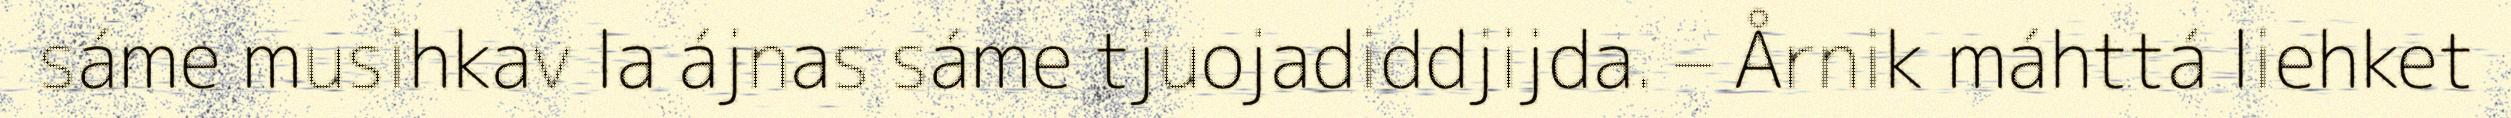
sáme musihkav la ájnas sáme tjuojadiddjijda. – Årnik máhttá liehket